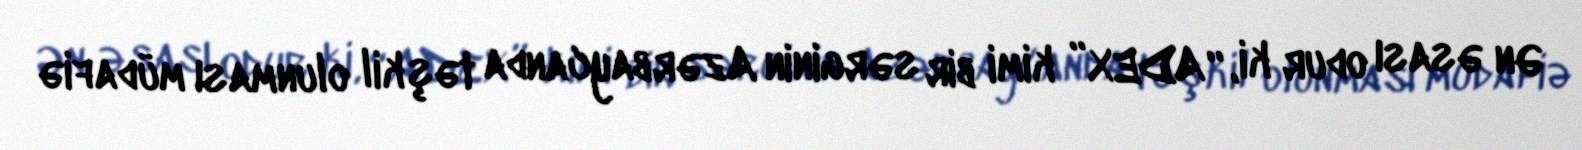
Ən əsası odur ki, “ADEX” kimi bir sərginin Azərbaycanda təşkil olunması müdafiə